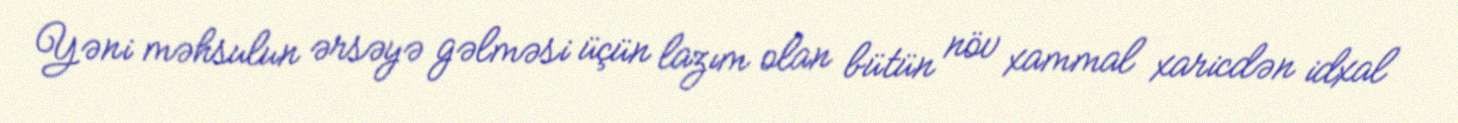
Yəni məhsulun ərsəyə gəlməsi üçün lazım olan bütün növ xammal xaricdən idxal